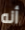
أنه